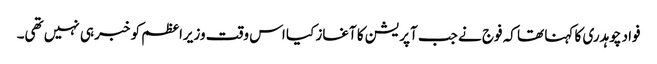
فواد چوہدری کا کہنا تھا کہ فوج نے جب آپریشن کا آغاز کیا اس وقت وزیراعظم کو خبر ہی نہیں تھی۔